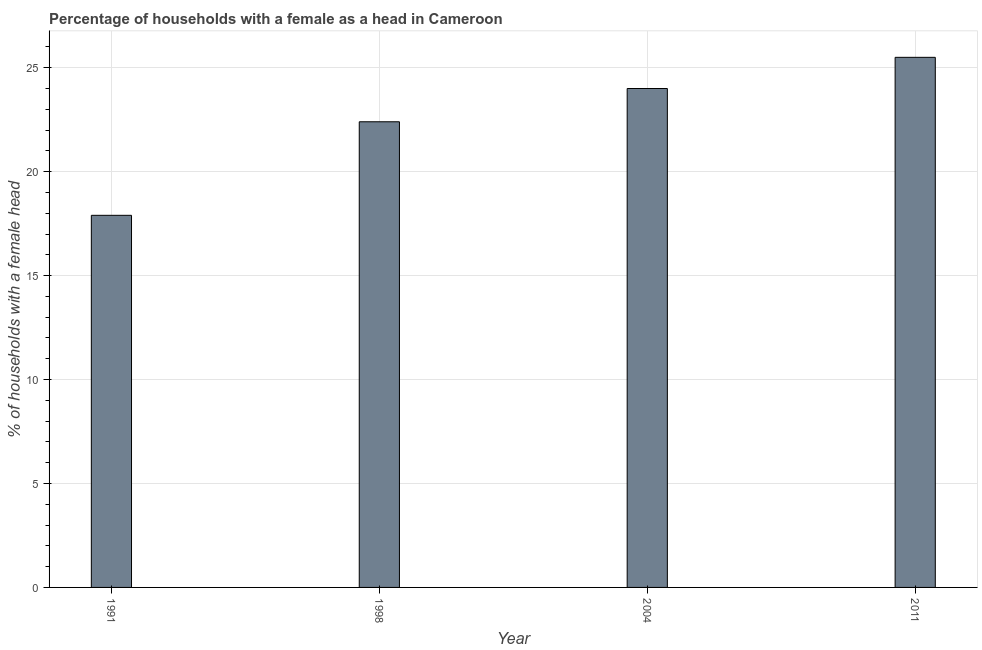
| Year | Female headed households |
 | --- | --- |
 | 1991 | 17.9 |
 | 1998 | 22.4 |
 | 2004 | 24 |
 | 2011 | 25.5 |